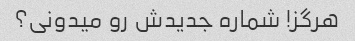
هرگز! شماره جدیدش رو میدونی؟